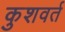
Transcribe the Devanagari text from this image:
कुशवर्त